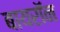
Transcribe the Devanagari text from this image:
बायरॉन